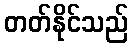
တတ်နိုင်သည်